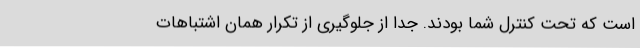
است که تحت کنترل شما بودند. جدا از جلوگیری از تکرار همان اشتباهات